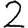
Digit: 2